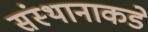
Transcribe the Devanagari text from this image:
संस्थानाकडे